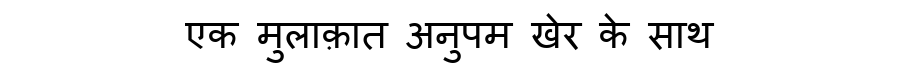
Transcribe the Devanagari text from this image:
एक मुलाक़ात अनुपम खेर के साथ